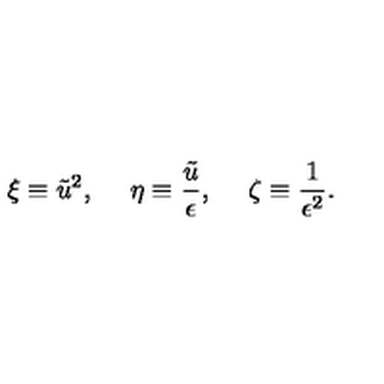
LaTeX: \xi \equiv \tilde { u } ^ { 2 } , \: \: \: \: \: \: \eta \equiv \frac { \tilde { u } } { \epsilon } , \: \: \: \: \: \: \zeta \equiv \frac { 1 } { \epsilon ^ { 2 } } .